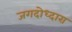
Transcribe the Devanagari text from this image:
जगदोध्दारा